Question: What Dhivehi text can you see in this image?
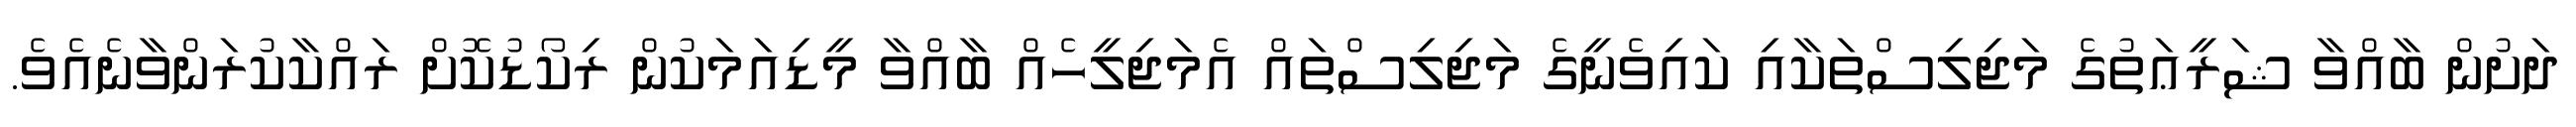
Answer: ދަށުން ބާއްވާ ޝަރީޢަތުގެ މަޖިލިސްތަކާއި ކައިވެނީގެ މަޖިލިސްތައް އެމަޖިލީހެއް ބާއްވާ މީޑިއަމަކުން ރިކޯޑުކޮށް ރައްކާކުރަންވާނެއެވެ.